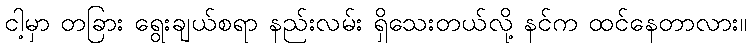
ငါ့မှာ တခြား ရွေးချယ်စရာ နည်းလမ်း ရှိသေးတယ်လို့ နင်က ထင်နေတာလား။